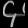
Digit: ၄